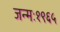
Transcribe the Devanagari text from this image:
जन्मः१९६५